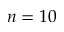
n = 1 0